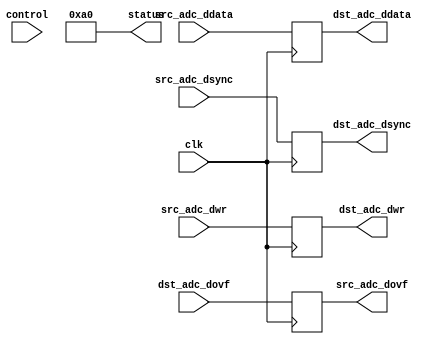
module prcfg_adc (
  clk,

  // control ports
  control,
  status,

  // FIFO interface
  src_adc_dwr,
  src_adc_dsync,
  src_adc_ddata,
  src_adc_dovf,

  dst_adc_dwr,
  dst_adc_dsync,
  dst_adc_ddata,
  dst_adc_dovf
);

  localparam  RP_ID       = 8'hA0;
  parameter   CHANNEL_ID  = 0;

  input             clk;

  input   [31:0]    control;
  output  [31:0]    status;

  input             src_adc_dwr;
  input             src_adc_dsync;
  input   [31:0]    src_adc_ddata;
  output            src_adc_dovf;

  output            dst_adc_dwr;
  output            dst_adc_dsync;
  output  [31:0]    dst_adc_ddata;
  input             dst_adc_dovf;

  reg               dst_adc_dwr;
  reg               dst_adc_dsync;
  reg     [31:0]    dst_adc_ddata;
  reg               src_adc_dovf;

  assign status = {24'h0, RP_ID};

  always @(posedge clk) begin
    dst_adc_dwr    <= src_adc_dwr;
    dst_adc_dsync  <= src_adc_dsync;
    dst_adc_ddata  <= src_adc_ddata;
    src_adc_dovf   <= dst_adc_dovf;
  end
endmodule